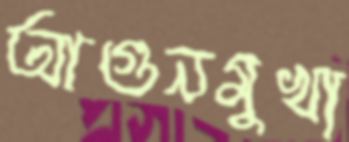
আগুনমুখা